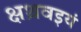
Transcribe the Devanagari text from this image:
क्षथ्रवइयं